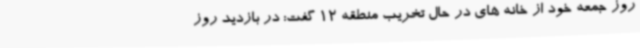
روز جمعه خود از خانه های در حال تخریب منطقه 12 گفت: در بازدید روز